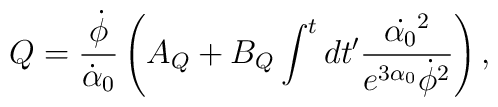
Q=\frac{\dot{\phi}}{\dot{\alpha}_0} \left(A_{Q}+B_{Q} \int^t dt' \frac{\dot{\alpha_0}^2}{e^{3 \alpha_0}\dot{\phi}^2} \right),